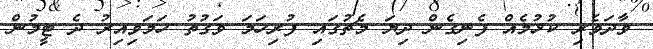
ވާދަވެރި ކުޅުމެއް ފެނިގެން ދިޔަ މެޗުގައި ފުރިހަމަ ވަގުތު ހަމަވިއިރު ދެ ޓީމުން